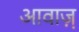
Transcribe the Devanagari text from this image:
आवाज़़